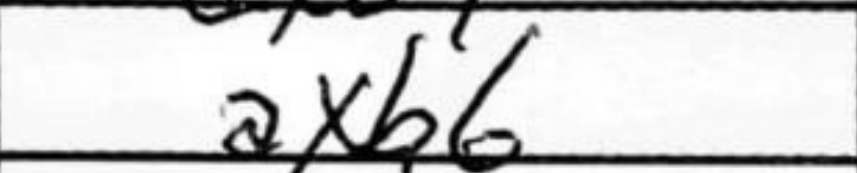
Transcription: axb6